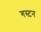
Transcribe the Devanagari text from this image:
गस्टन